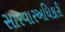
સારવારઅધિકારી